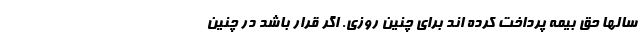
سالها حق بیمه پرداخت کرده اند برای چنین روزی. اگر قرار باشد در چنین